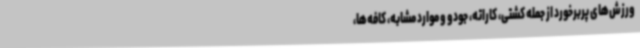
ورزش‌های پربرخورد از جمله کشتی، کاراته، جودو و موارد مشابه، کافه‌ها،